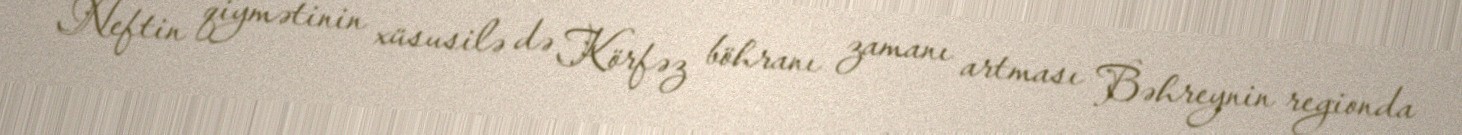
Neftin qiymətinin xüsusilə də Körfəz böhranı zamanı artması Bəhreynin regionda